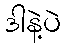
ဒါနဲ့ပဲ